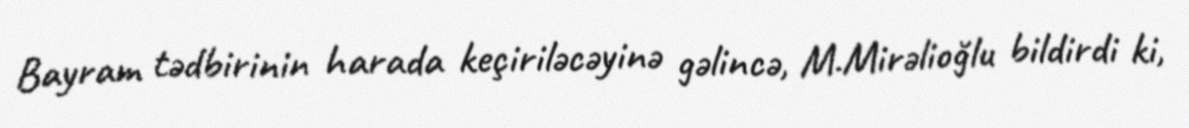
Bayram tədbirinin harada keçiriləcəyinə gəlincə, M.Mirəlioğlu bildirdi ki,